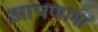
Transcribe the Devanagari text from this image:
आपणामां